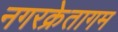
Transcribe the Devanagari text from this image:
नगरक्रेतागम